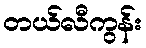
တယ်လီကွန်း